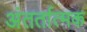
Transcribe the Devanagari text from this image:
अंतर्तात्मक